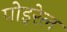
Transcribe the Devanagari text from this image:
पोइरेल